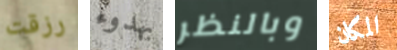
رزقت بهدوء وبالنظر المكان